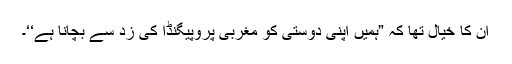
ان کا خیال تھا کہ ”ہمیں اپنی دوستی کو مغربی پروپیگنڈا کی زد سے بچانا ہے‘‘۔